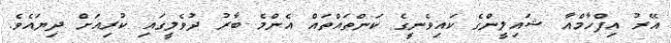
އޭރު އިފްހާމްއާ ޝައިލީންގެ ކައިވެނީގެ ކަންތައްތައް އެންމެ ބާރު ދުވެލީގައި ކުރިއަށް ދިޔައެވެ.